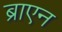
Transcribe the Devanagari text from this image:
ब्राएन